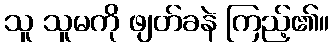
သူ သူမကို ဖျတ်ခနဲ ကြည့်၏။